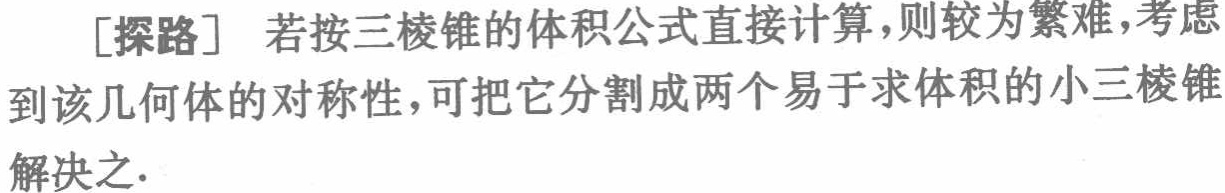
[探路] 若按三棱锥的体积公式直接计算，则较为繁难，考虑到该几何体的对称性，可把它分割成两个易于求体积的小三棱锥解决之.